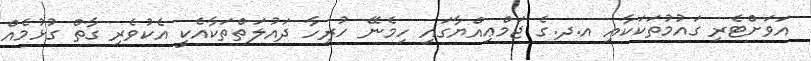
އަވަށްޓެރި ގައުމުތަކަކާއި އ.ދ.ގެ ޖަމްޢިއްޔާގައި ހިމެނޭ ހުރިހާ ދައުލަތްތަކާއެކީ އެކުވެރި ގާތް ގުޅުމެއް